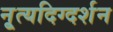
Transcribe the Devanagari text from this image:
नृ्त्यदिग्दर्शन